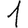
Digit: 1